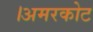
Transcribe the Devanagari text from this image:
।अमरकोट